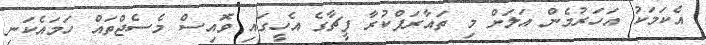
އެކަމަކު އަހަރުމެން އަލަށް މި ތައާރަފްކުރާ ފީޗާގެ އެހީގައި ވޮައިސް މެސެޖްތައް ހަމައެކަނި